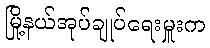
မြို့နယ်အုပ်ချုပ်ရေးမှူးက